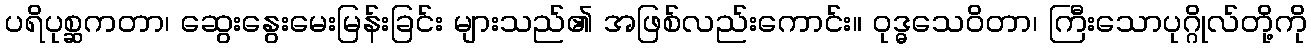
ပရိပုစ္ဆကတာ၊ ဆွေးနွေးမေးမြန်းခြင်း များသည်၏ အဖြစ်လည်းကောင်း။ ဝုဒ္ဓသေဝိတာ၊ ကြီးသောပုဂ္ဂိုလ်တို့ကို